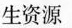
生资源